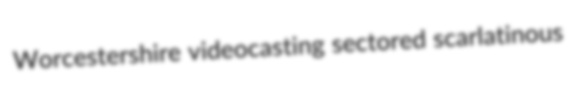
Worcestershire videocasting sectored scarlatinous